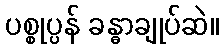
ပစ္စုပ္ပန် ခန္ဓာချုပ်ဆဲ။